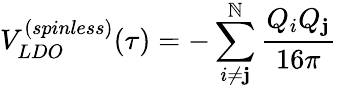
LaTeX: V_{LDO}^{(spinless)}(\tau)=-\sum_{i\neq\mathbf{j}}^{\mathbb{N}}{\frac{{Q_{i}Q_{\mathbf{j}}}}{{16\pi}}}